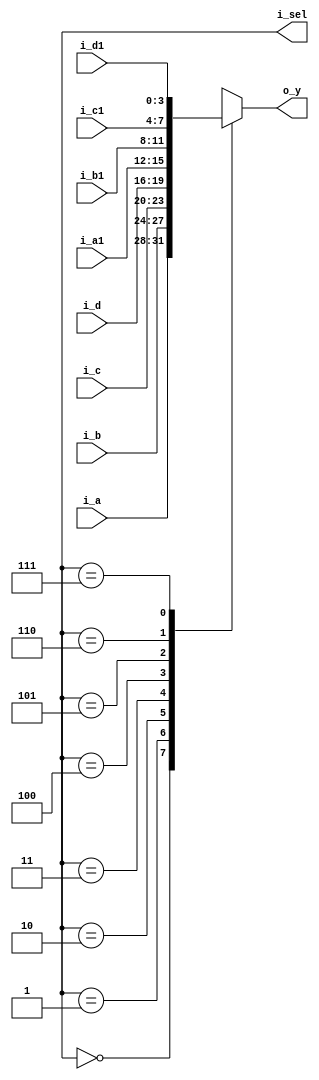
`timescale 1ns / 1ps
//////////////////////////////////////////////////////////////////////////////////
// Company: 
// Engineer: 
// 
// Design Name: 
// Module Name: Mux_4x1
// Project Name: 
// Target Devices: 
// Tool Versions: 
// Description: 
// 
// Dependencies: 
// 
// Revision:
// Revision 0.01 - File Created
// Additional Comments:
// 
//////////////////////////////////////////////////////////////////////////////////


module Mux_8x1(
    input [3:0] i_a, i_b, i_c, i_d, i_a1, i_b1, i_c1, i_d1,
    output [2:0] i_sel,
    output [3:0] o_y
    );

    reg [3:0] r_y;
    assign o_y = r_y;

    always @(*) begin
        case (i_sel)
            3'b000 : r_y = i_a;
            3'b001 : r_y = i_b;
            3'b010 : r_y = i_c;
            3'b011 : r_y = i_d;
            3'b100 : r_y = i_a1;
            3'b101 : r_y = i_b1;
            3'b110 : r_y = i_c1;
            3'b111 : r_y = i_d1;
        endcase
    end
endmodule